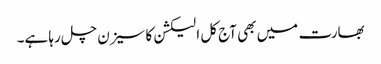
بھارت میں بھی آج کل الیکشن کا سیزن چل رہا ہے۔